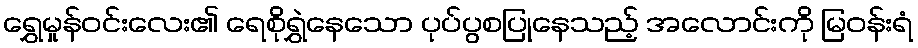
ရွှေမှုန်ဝင်းလေး၏ ရေစိုရွှဲနေသော ပုပ်ပွစပြုနေသည့် အလောင်းကို မြဝန်းရံ